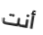
أنت